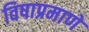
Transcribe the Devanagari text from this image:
विषाप्रमाणे